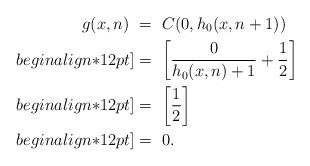
LaTeX: \begin{align*}g(x,n) \ &=\ C(0,h_0(x,n+1))\\begin{align*}12pt]&=\ \bigg[\frac{0}{h_0(x,n) + 1} + \frac{1}{2}\bigg]\\begin{align*}12pt]&=\ \bigg[\frac{1}{2}\bigg]\\begin{align*}12pt]&=\ 0.\end{align*}